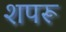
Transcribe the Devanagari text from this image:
शपरू